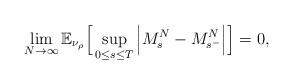
LaTeX: \begin{align*}\lim_{N \rightarrow \infty}\mathbb{E}_{\nu_{\rho}}\Big[\sup_{0\leq s \leq T}\Big|M_s^N-M_{s^-}^N\Big|\Big]=0,\end{align*}